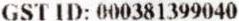
GST ID: 000381399040